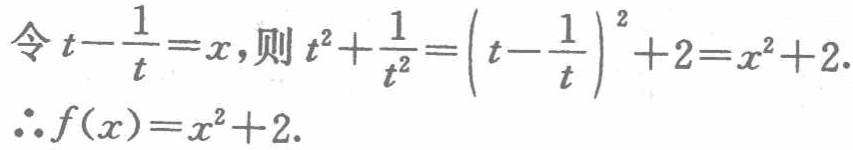
令\(t - \frac{1}{t} = x\)，则\(t^{2}+\frac{1}{t^{2}} = \left(t - \frac{1}{t}\right)^{2}+2 = x^{2}+2\).

\(\therefore f(x)=x^{2}+2\).